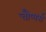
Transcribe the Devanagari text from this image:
चौप्पर्स